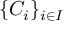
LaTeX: \{ C _ { i } \} _ { i \in I }